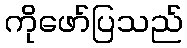
ကိုဖော်ပြသည်